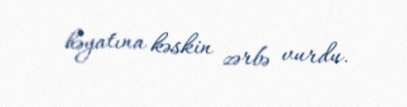
həyatına kəskin zərbə vurdu.